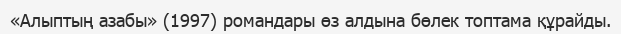
«Алыптың азабы» (1997) романдары өз алдына бөлек топтама құрайды.